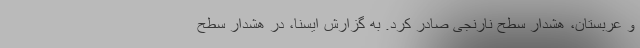
و عربستان، هشدار سطح نارنجی صادر کرد. به گزارش ایسنا، در هشدار سطح